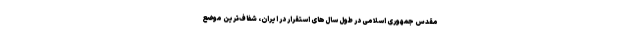
مقدس جمهوری اسلامی در طول سال‌های استقرار در ایران، شفاف‌ترین موضع